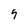
Character: 5